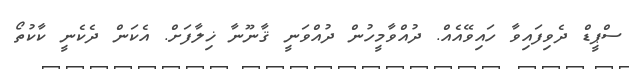
ސްޕީޑް ދެވިފައިވާ ހައިވޭއެއް. ދުއްވާމީހުން ދުއްވަނީ ޤާނޫނާ ޚިލާފަށް. އެކަން ދެކެނީ ކާކުތޯ